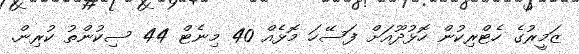
ޒަމީރުގެ ހެޓްރިކުން ހޮޅުދޫއަށް ފަސޭހަ މޮޅެއް 40 މިނެޓް 44 ސިކުންތު ކުރިން.